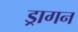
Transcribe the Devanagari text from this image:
ड्रागन